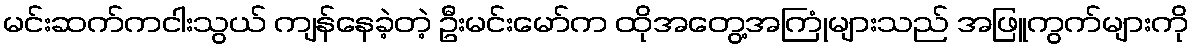
မင်းဆက်ကငါးသွယ် ကျန်နေခဲ့တဲ့ ဦးမင်းမော်က ထိုအတွေ့အကြုံများသည် အဖြူကွက်များကို